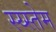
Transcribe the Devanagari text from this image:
स्य्स्तेम